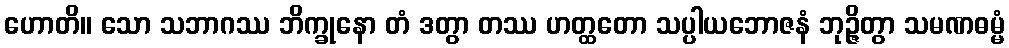
ဟောတိ။ သော သဘာဂဿ ဘိက္ခုနော တံ ဒတွာ တဿ ဟတ္ထတော သပ္ပါယဘောဇနံ ဘုဉ္ဇိတွာ သမဏဓမ္မံ